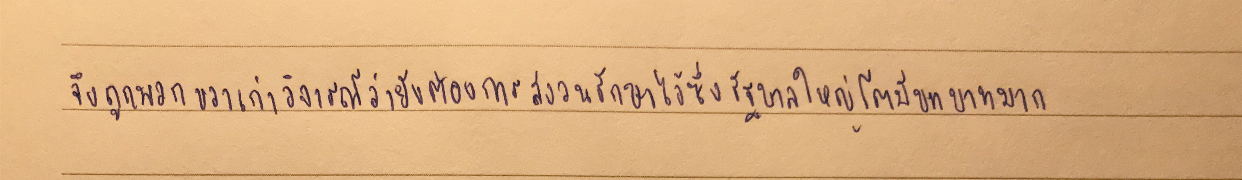
จึงถูกพวกขวาเก่าวิจารณ์ว่ายังต้องการสงวนรักษาไว้ซึ่งรัฐบาลใหญ่โตมีบทบาทมาก